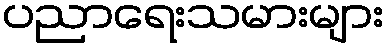
ပညာရေးသမားများ